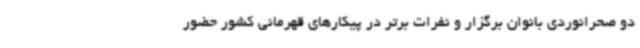
دو صحرانوردی بانوان برگزار و نفرات برتر در پیکارهای قهرمانی کشور حضور